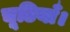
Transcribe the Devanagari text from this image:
चूडियाँ।